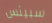
سبينس